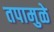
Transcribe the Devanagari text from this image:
तपामुळे